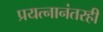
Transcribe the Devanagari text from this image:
प्रयत्नानंतरही